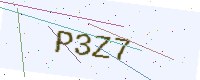
Text: P3Z7